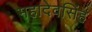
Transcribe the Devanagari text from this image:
महादेवसिंह